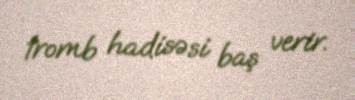
tromb hadisəsi baş verir.